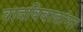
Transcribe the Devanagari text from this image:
वादविवादांना